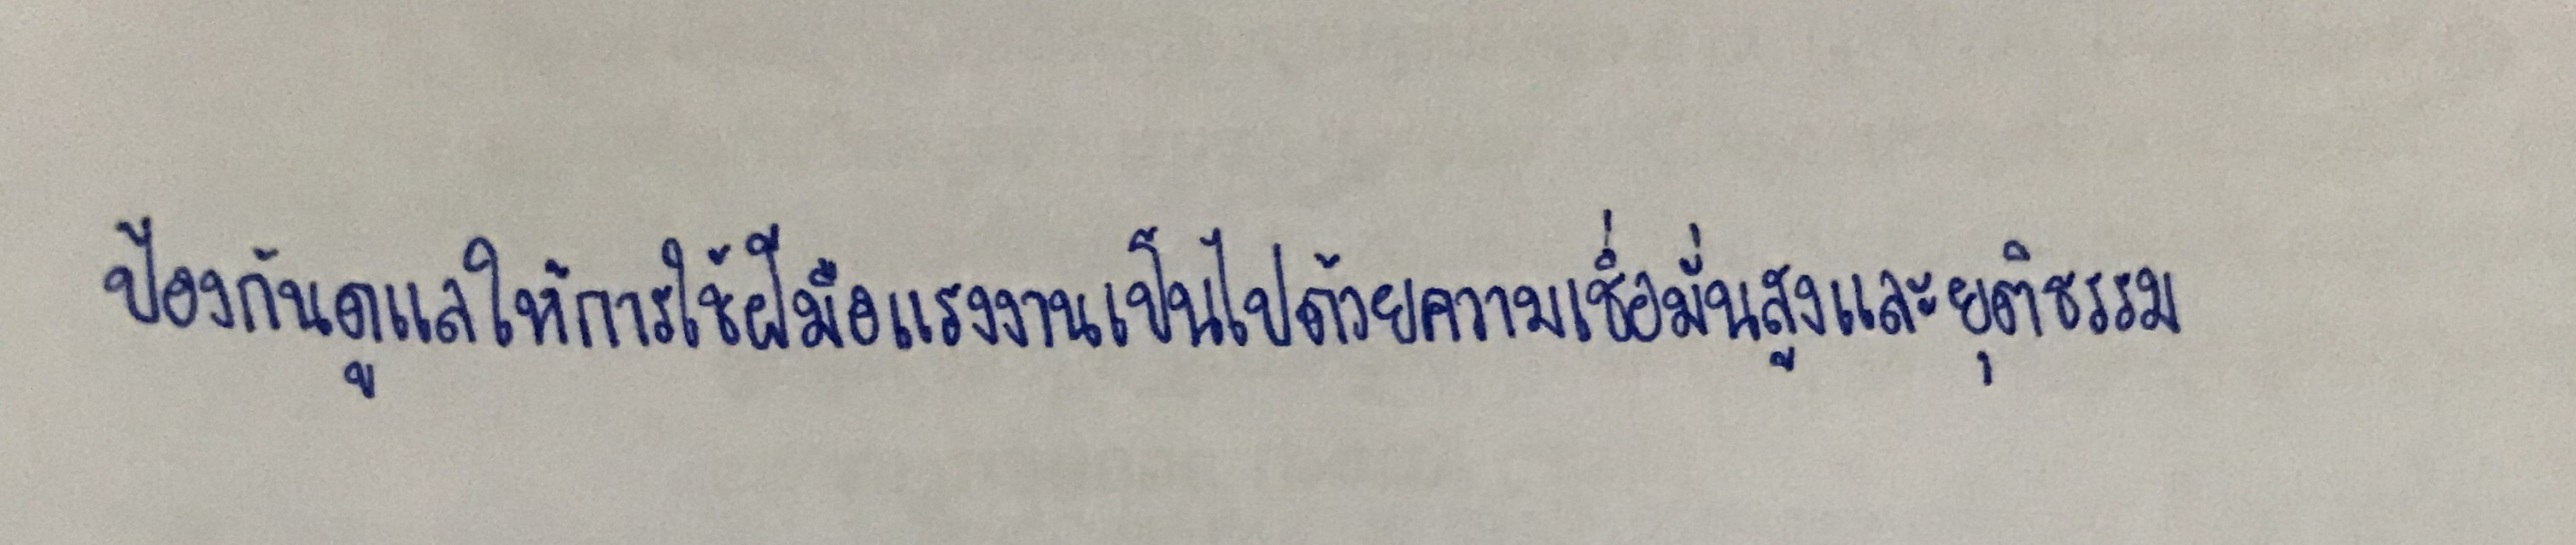
ป้องกันดูแลให้การใช้ฝีมือแรงงานเป็นไปด้วยความเชื่อมั่นสูงและยุติธรรม